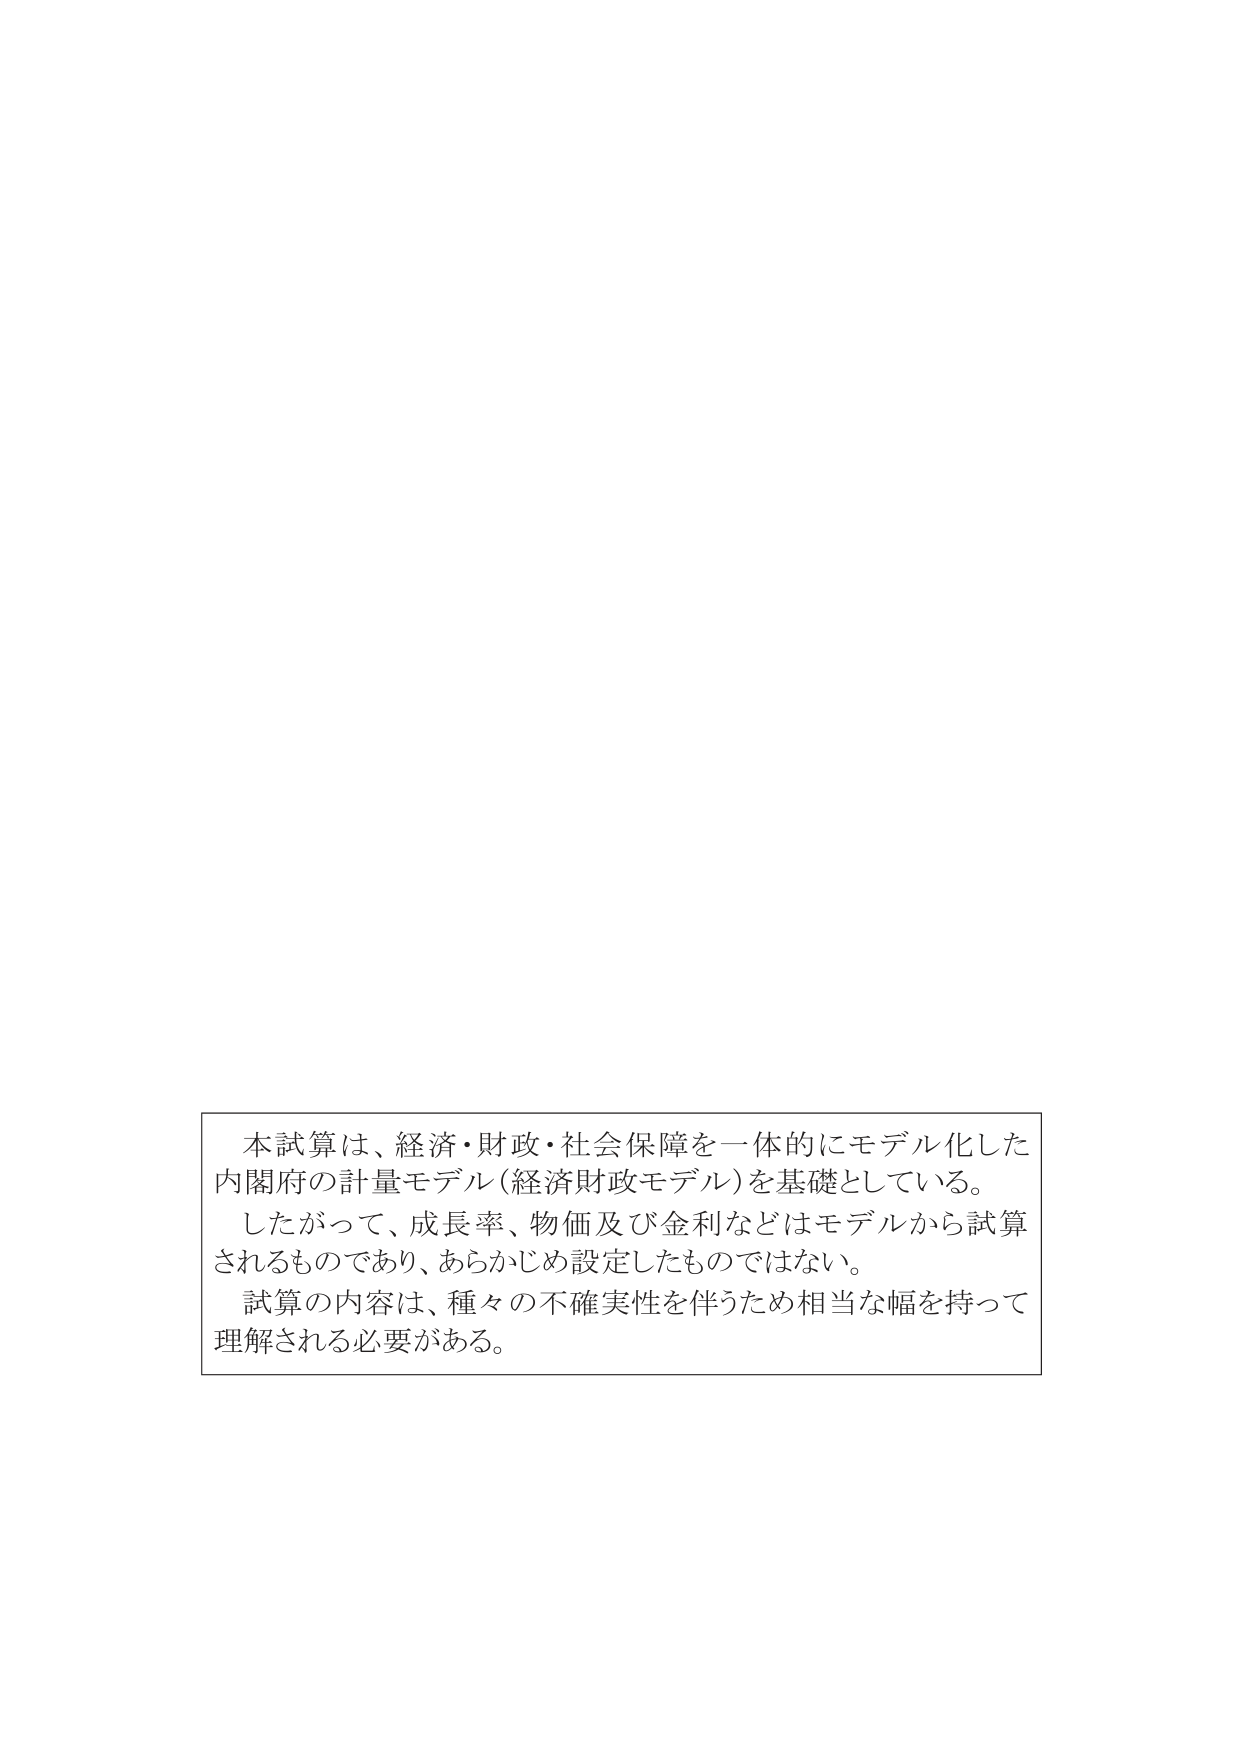
本試算は、経済・財政・社会保障を一体的にモデル化した
内閣府の計量モデル（経済財政モデル）を基礎としている。
したがって、成長率、物価及び金利などはモデルから試算
されるものであり、あらかじめ設定したものではない。
試算の内容は、種々の不確実性を伴うため相当な幅を持って
理解される必要がある。